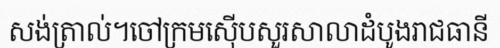
សង់ត្រាល់។ចៅក្រមស៊ើបសួរសាលាដំបូងរាជធានី